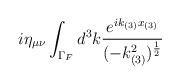
LaTeX: \begin{align*}i\eta_{\mu \nu}\int_{\Gamma_F} d^3 k\frac{e^{ik_{(3)}x_{(3)}}}{(-k_{(3)}^2)^{\frac{1}{2}}}\end{align*}